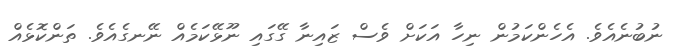
ނުބުނެއެވެ. އެހެންކަމުން ނިހާ އަކަށް ވެސް ޒައިނާ ގޭގައި ނޫޅޭކަމެއް ނޭނގެއެވެ. ތަންކޮޅެއް